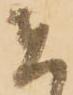
者